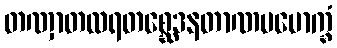
တဏှာတလရတစ္ဆေဒနတာဏပမောက္ခံ